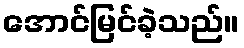
အောင်မြင်ခဲ့သည်။